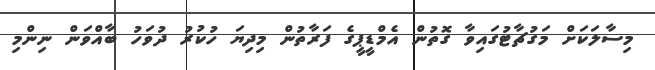
މިސާލަކަށް މަގުޗާޓުގައިވާ ގޮތުން އެމްޑީޕީގެ ފަރާތުން މިދިޔަ ހުކުރު ދުވަހު ބާއްވަން ނިންމި